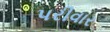
પરીવાર